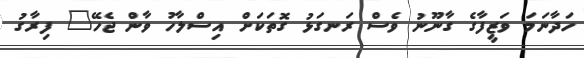
ހަދާނަމަ ވަޒީފާގެ ގާނޫނު ވެސް ރަނގަޅު ގޮތަކަށް އިސްލާހު ވާން ޖެހޭ" ފިރާގު